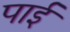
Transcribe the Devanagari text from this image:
पार्इ